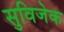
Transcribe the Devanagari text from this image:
सुविजेक